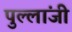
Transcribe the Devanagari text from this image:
पुल्लांजी